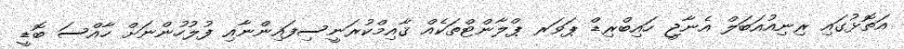
އަތޮޅުގައި ރިނިއުއަބަލް އެނާޖީ ހައިބްރިޑް ޕަވަރ ޕްލާންޓްތަކެއް ޤާއިމްކުރަނީސިފައިންނާއި ފުލުހުންނަށް ހާއްސަ ބޮޑީ